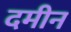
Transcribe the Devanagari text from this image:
दमीन